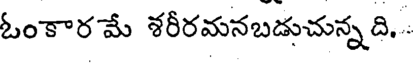
ఓంకార మే శరీరమనబడుచున్నది.